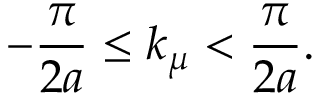
- \frac { \pi } { 2 a } \leq k _ { \mu } < \frac { \pi } { 2 a } .